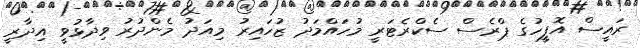
ރައީސް އޮފީހުގެ ޕްރެސް ސެކްރެޓަރީ މުހައްމަދު ޒުހައިރު މިއަދު މެންދުރު ވިދާޅުވީ އިދާރީ